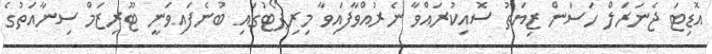
އޮޑިޓަ ޖެނަރަލް ހަސަން ޒިޔަތު ސޮއިކުރައްވާ ނެރުއްވާފައިވާ މިރިޕޯޓުގައި ބުނެފައިވަނީ ޓޫރިޒަމް ސިނާއަތުގެ